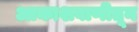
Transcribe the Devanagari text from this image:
आकाशवाणीतून